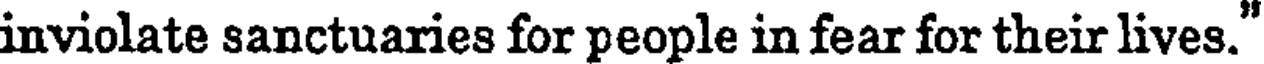
inviolate sanctuaries for people in fear for their lives."